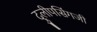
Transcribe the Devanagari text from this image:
दुलीपसिंगजी